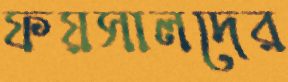
ফয়সালদের